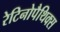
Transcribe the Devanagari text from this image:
रेटिनोपैथिक्स